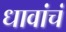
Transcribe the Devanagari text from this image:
धावांचं